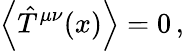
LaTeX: \left\langle\hat{T}^{\mu\nu}(x)\right\rangle=0\, ,